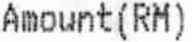
AMOUNT(RM)